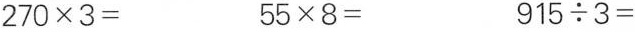
$$2 7 0 \times 3 =$$ $$5 5 \times 8 =$$ $$9 1 5 \div 3 =$$